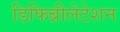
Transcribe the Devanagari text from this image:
डिफिब्रीलेटेशन